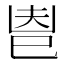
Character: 𢀺